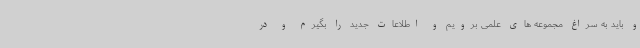
و باید به سراغ مجموعه های علمی برویم و اطلاعات جدید را بگیرم و در